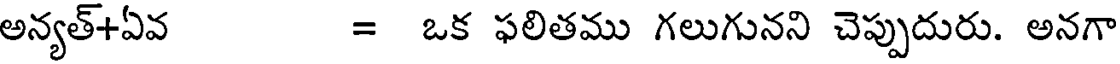
అన్యత్+ఏవ = ఒక ఫలితము గలుగునని చెప్పుదురు. అనగా